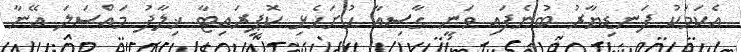
އެކަމަކު ފަނޑިޔާރު ބުނެފައި ވަނީ ގާސިއާ ހުށަހެޅި ކޮޕީރައިޓާ ޚިލާފު މައްސަލަ އޭނާ